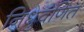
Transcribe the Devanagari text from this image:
निध्रुवणित